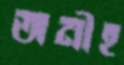
অনীহ